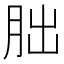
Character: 朏